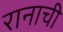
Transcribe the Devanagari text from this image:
रानाची